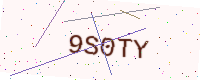
Text: 9S0TY